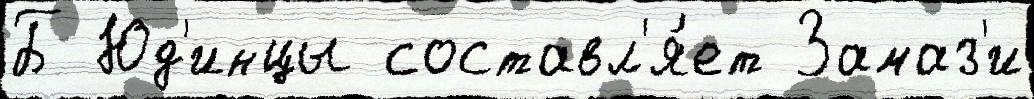
Б Юд'инцы составл'я́ет Замаз'и